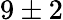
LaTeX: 9\pm 2